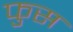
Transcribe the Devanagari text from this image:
फुस